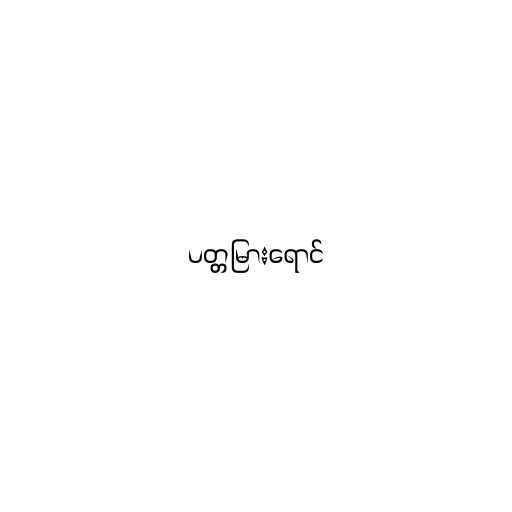
ပတ္တမြားရောင်